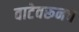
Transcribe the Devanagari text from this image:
वाटेवरूनच